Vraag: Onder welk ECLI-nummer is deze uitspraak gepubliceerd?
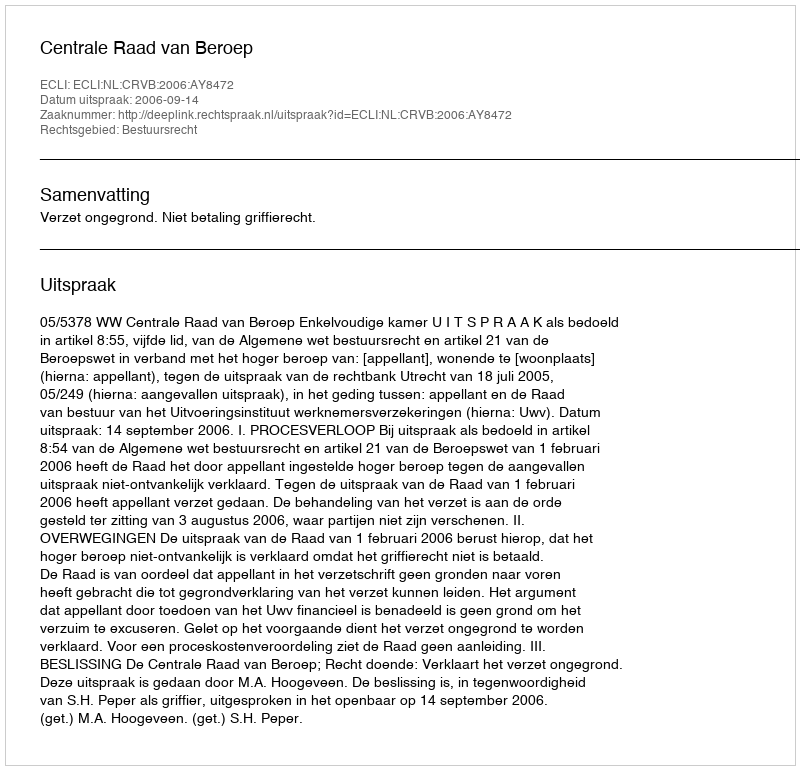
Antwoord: ECLI:NL:CRVB:2006:AY8472